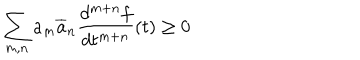
\sum _ { m , n } a _ { m } \overline { { { a } } } _ { n } \frac { d ^ { m + n } f } { d t ^ { m + n } } ( t ) \geq 0